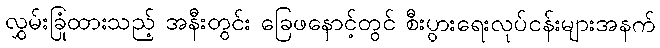
လွှမ်းခြုံထားသည့် အနီးတွင်း ခြေဖနောင့်တွင် စီးပွားရေးလုပ်ငန်းများအနက်